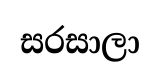
සරසාලා